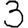
Digit: 3